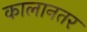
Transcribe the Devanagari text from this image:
कालानतर